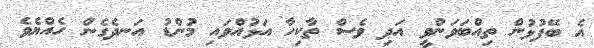
އެ ބޭފުޅުން ތިއްބަވަންވީ އަދި ވެސް ތާކިހާ އަޅުއްވައި މުންޑު އަނދެގެން ހެއްޔެވެ